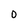
Character: O